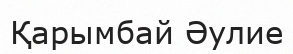
Қарымбай Әулие